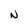
Character: N